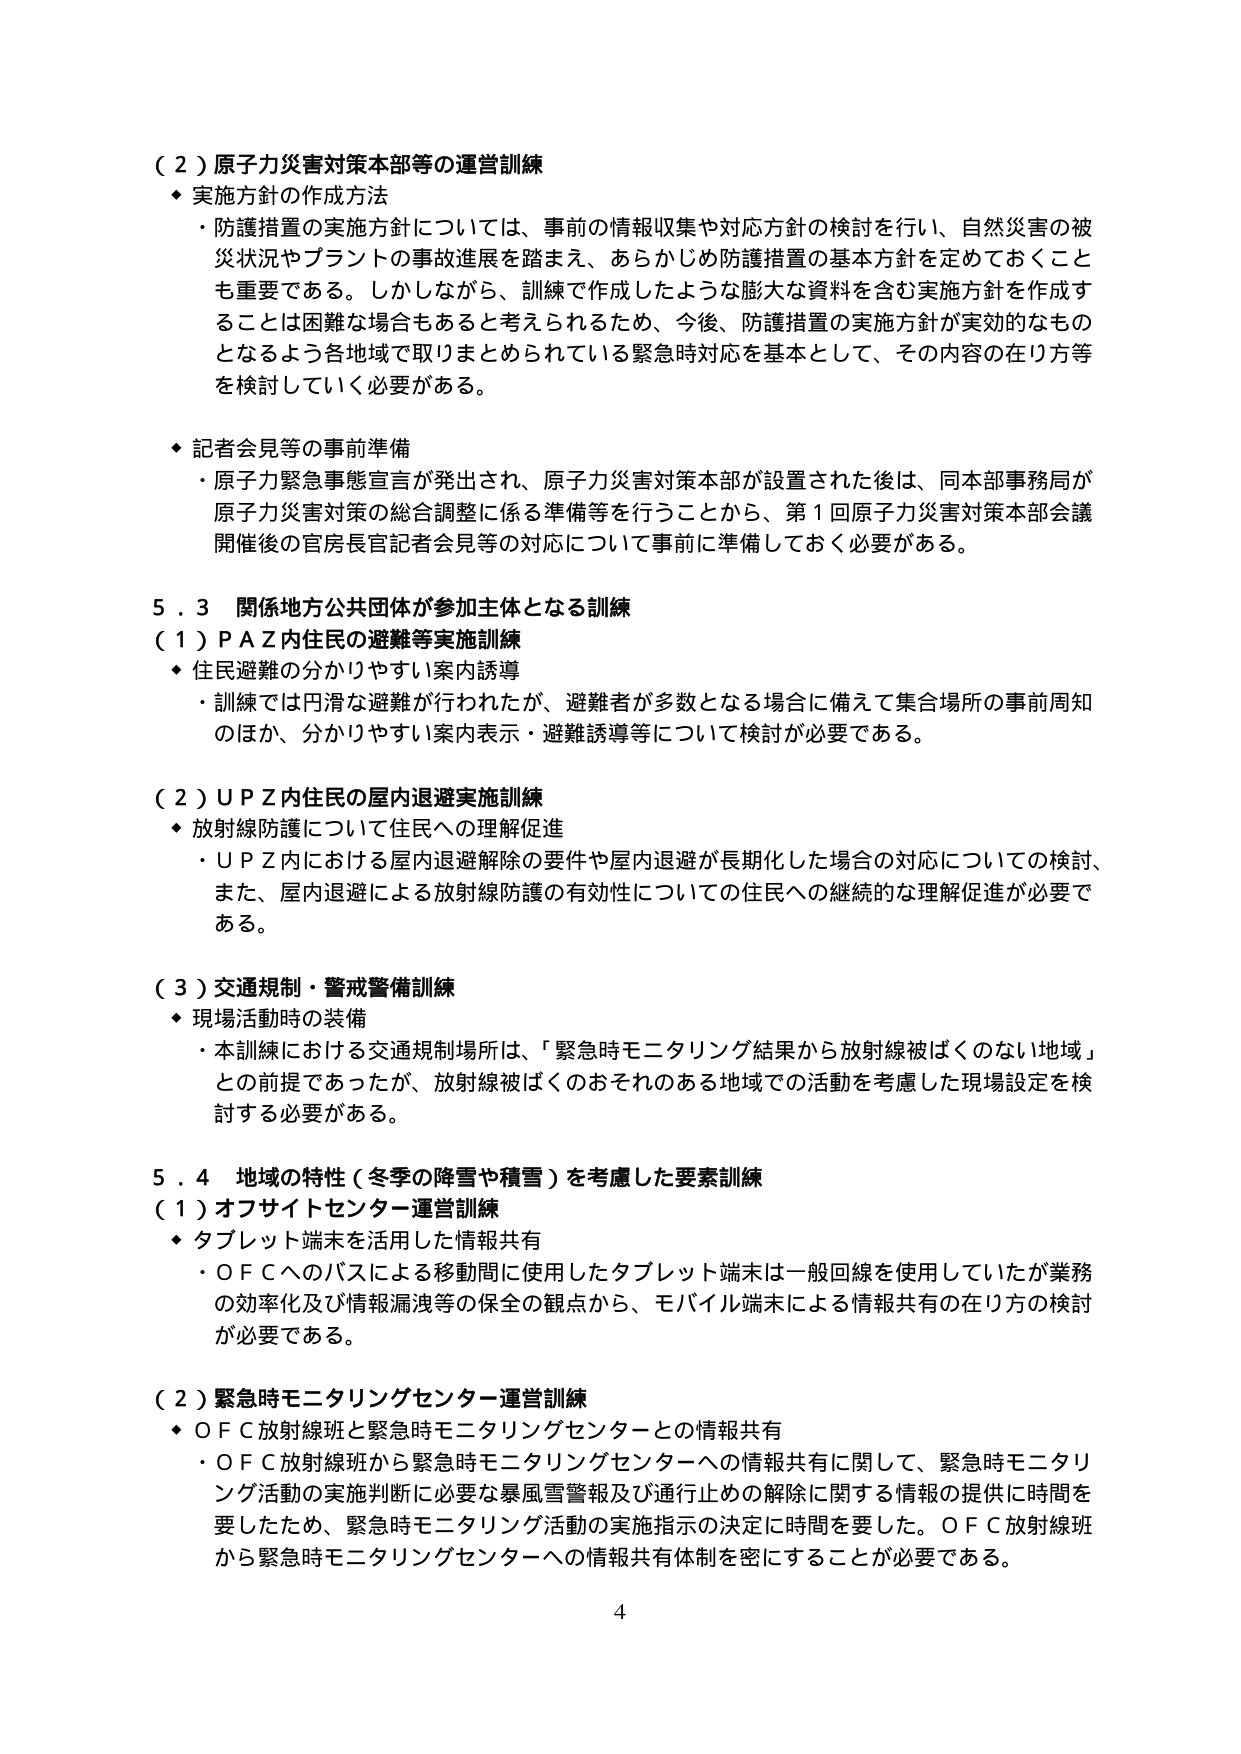
（２）原子力災害対策本部等の運営訓練
◆ 実施方針の作成方法
・防護措置の実施方針については、事前の情報収集や対応方針の検討を行い、自然災害の被災状況やプラントの事故進展を踏まえ、あらかじめ防護措置の基本方針を定めておくことも重要である。しかしながら、訓練で作成したような膨大な資料を含む実施方針を作成することは困難な場合もあると考えられるため、今後、防護措置の実施方針が実効的なものとなるよう各地域で取りまとめられている緊急時対応を基本として、その内容の在り方等を検討していく必要がある。

◆ 記者会見等の事前準備
・原子力緊急事態宣言が発出され、原子力災害対策本部が設置された後は、同本部事務局が原子力災害対策の総合調整に係る準備等を行うことから、第１回原子力災害対策本部会議開催後の官房長官記者会見等の対応について事前に準備しておく必要がある。

５．３ 関係地方公共団体が参加主体となる訓練
（１）ＰＡＺ内住民の避難等実施訓練
◆ 住民避難の分かりやすい案内誘導
・訓練では円滑な避難が行われたが、避難者が多数となる場合に備えて集合場所の事前周知のほか、分かりやすい案内表示・避難誘導等について検討が必要である。

（２）ＵＰＺ内住民の屋内退避実施訓練
◆ 放射線防護について住民への理解促進
・ＵＰＺ内における屋内退避解除の要件や屋内退避が長期化した場合の対応についての検討、また、屋内退避による放射線防護の有効性についての住民への継続的な理解促進が必要である。

（３）交通規制・警戒警備訓練
◆ 現場活動時の装備
・本訓練における交通規制場所は、「緊急時モニタリング結果から放射線被ばくのない地域」との前提であったが、放射線被ばくのおそれのある地域での活動を考慮した現場設定を検討する必要がある。

５．４ 地域の特性（冬季の降雪や積雪）を考慮した要素訓練
（１）オフサイトセンター運営訓練
◆ タブレット端末を活用した情報共有
・ＯＦＣへのバスによる移動間に使用したタブレット端末は一般回線を使用していたが業務の効率化及び情報漏洩等の保全の観点から、モバイル端末による情報共有の在り方の検討が必要である。

（２）緊急時モニタリングセンター運営訓練
◆ ＯＦＣ放射線班と緊急時モニタリングセンターとの情報共有
・ＯＦＣ放射線班から緊急時モニタリングセンターへの情報共有に関して、緊急時モニタリング活動の実施判断に必要な暴風雪警報及び通行止めの解除に関する情報の提供に時間を要したため、緊急時モニタリング活動の実施指示の決定に時間を要した。ＯＦＣ放射線班から緊急時モニタリングセンターへの情報共有体制を密にすることが必要である。

4